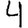
Digit: 4